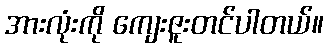
အားလုံးကို ကျေးဇူးတင်ပါတယ်။